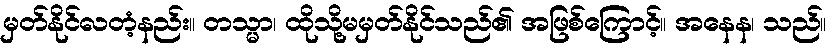
မှတ်နိုင်လတံ့နည်း။ တသ္မာ၊ ထိုသို့မမှတ်နိုင်သည်၏ အဖြစ်ကြောင့်။ အနေန၊ သည်။